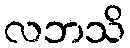
လဘသိ